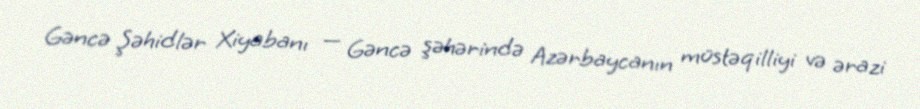
Gəncə Şəhidlər Xiyabanı — Gəncə şəhərində Azərbaycanın müstəqilliyi və ərazi